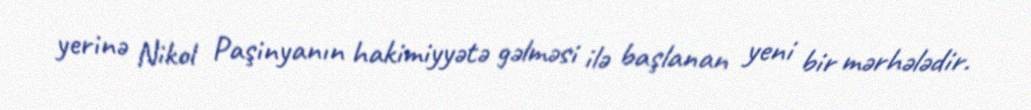
yerinə Nikol Paşinyanın hakimiyyətə gəlməsi ilə başlanan yeni bir mərhələdir.